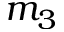
m _ { 3 }